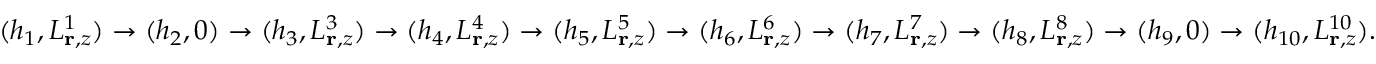
( h _ { 1 } , L _ { { \bf r } , z } ^ { 1 } ) \rightarrow ( h _ { 2 } , 0 ) \rightarrow ( h _ { 3 } , L _ { { \bf r } , z } ^ { 3 } ) \rightarrow ( h _ { 4 } , L _ { { \bf r } , z } ^ { 4 } ) \rightarrow ( h _ { 5 } , L _ { { \bf r } , z } ^ { 5 } ) \rightarrow ( h _ { 6 } , L _ { { \bf r } , z } ^ { 6 } ) \rightarrow ( h _ { 7 } , L _ { { \bf r } , z } ^ { 7 } ) \rightarrow ( h _ { 8 } , L _ { { \bf r } , z } ^ { 8 } ) \rightarrow ( h _ { 9 } , 0 ) \rightarrow ( h _ { 1 0 } , L _ { { \bf r } , z } ^ { 1 0 } ) .